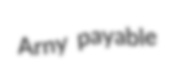
Arny payable